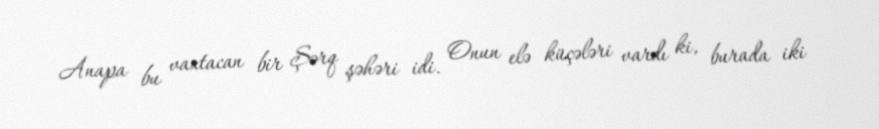
Anapa bu vaxtacan bir Şərq şəhəri idi. Onun elə küçələri vardı ki, burada iki